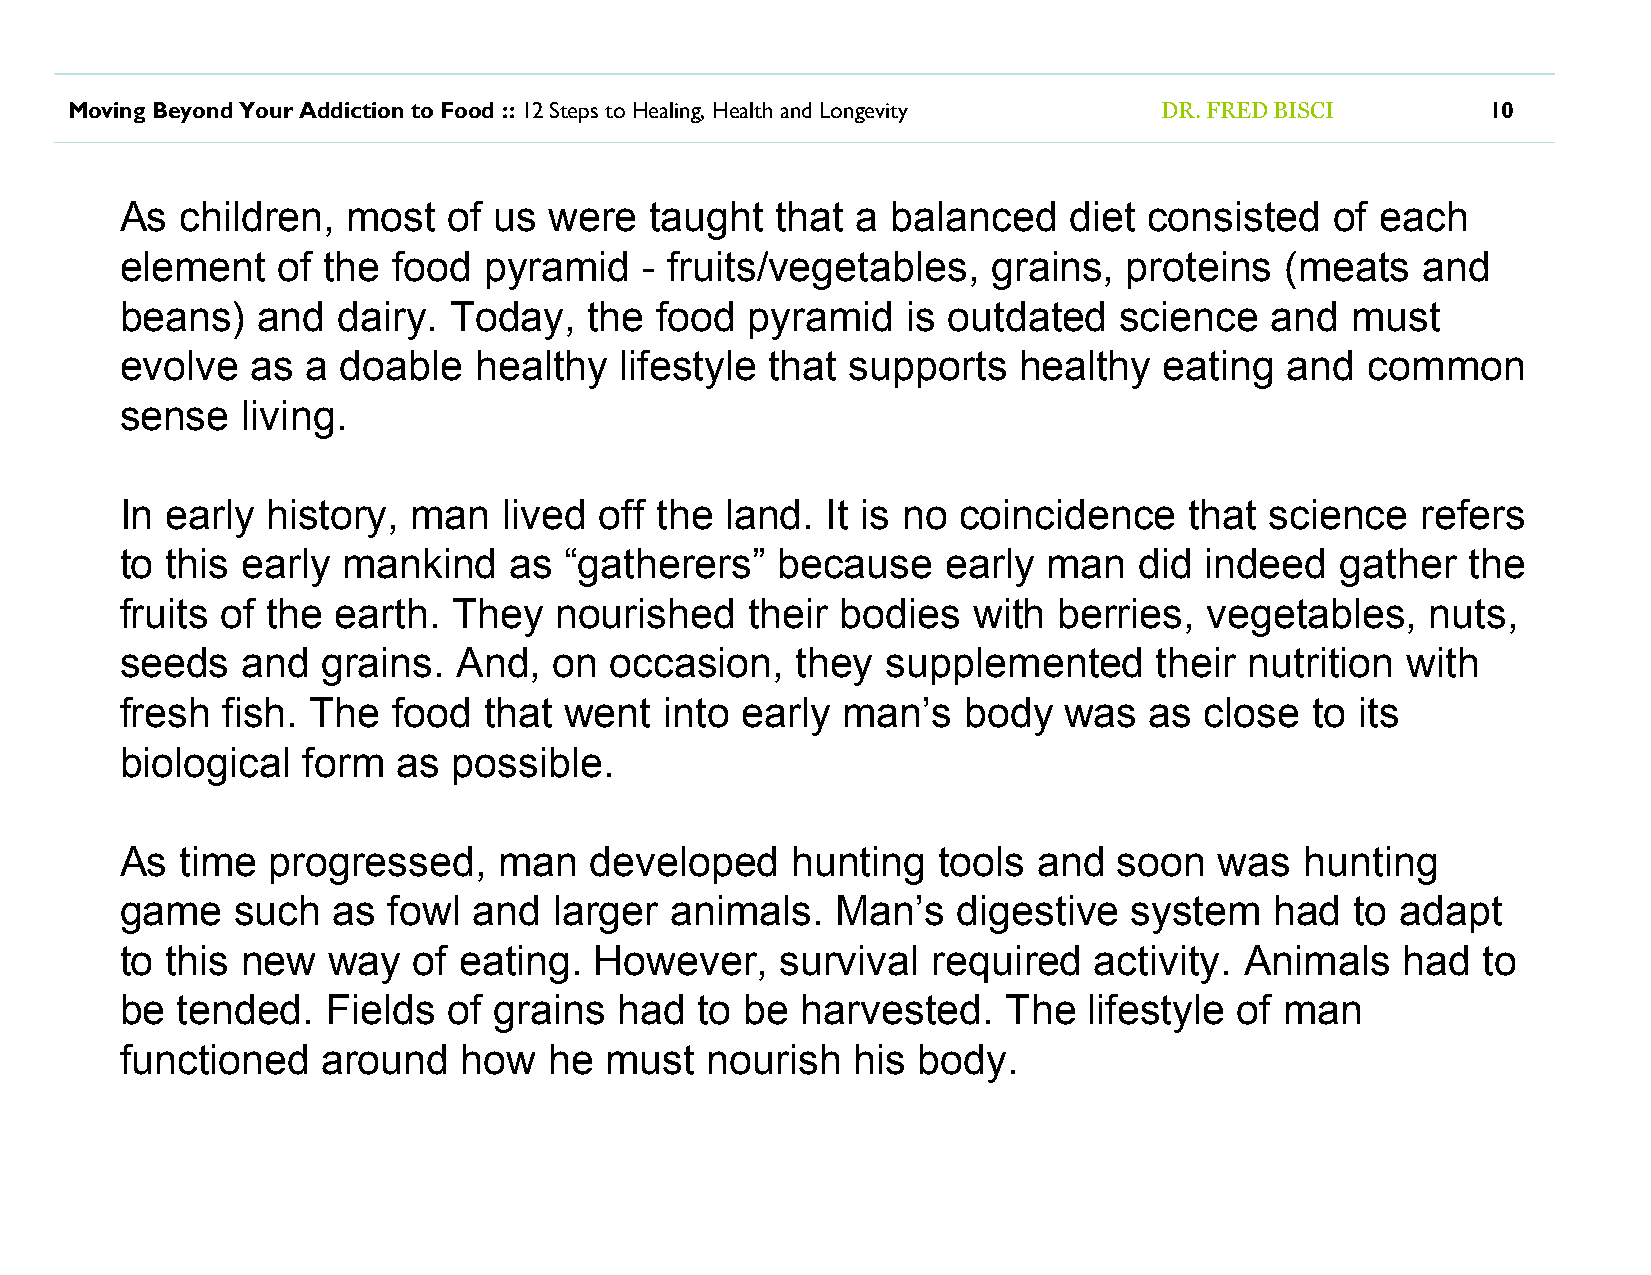
Moving Beyond Your Addiction to Food :: 12 Steps to Healing, Health and Longevity DR. FRED BISCI 10
 As  children,  most   of us were   taught  that  a balanced    diet consisted   of each
 element   of the  food  pyramid    - fruits/vegetables,   grains,  proteins  (meats   and
 beans)   and  dairy.  Today,   the food   pyramid   is outdated   science   and  must
 evolve   as a  doable  healthy   lifestyle that supports   healthy   eating  and  common
 sense   living.
 In early  history, man   lived  off the land.  It is no coincidence    that science   refers
 to this early  mankind    as “gatherers”   because     early man   did  indeed   gather  the
 fruits of the earth.  They   nourished    their bodies  with  berries,  vegetables,    nuts,
 seeds   and  grains.  And,   on occasion,    they  supplemented      their nutrition with
 fresh  fish. The  food  that went   into early  man’s   body  was   as  close  to its
 biological  form  as  possible.
 As  time  progressed,    man   developed    hunting   tools  and  soon   was  hunting
 game    such  as  fowl and   larger animals.   Man’s   digestive   system   had   to adapt
 to this new   way  of eating.  However,     survival  required  activity. Animals    had  to
 be  tended.   Fields  of grains  had  to be  harvested.    The  lifestyle of man
 functioned   around    how  he  must   nourish  his  body.